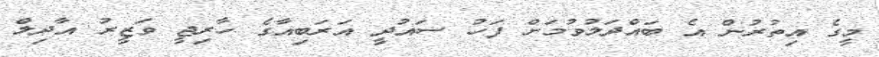
މީގެ އިތުރުން އެ ބައްދަލުވުމަށް ފަހު ސައުދީ އަރަބިއާގެ ހާރިޖީ ވަޒީރު އާދިލް